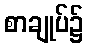
စာချုပ်၌